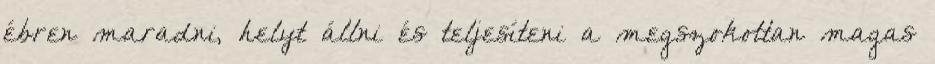
ébren maradni, helyt állni és teljesíteni a megszokottan magas